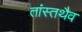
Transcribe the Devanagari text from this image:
तांस्तथैव